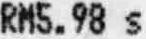
RM5.98 S